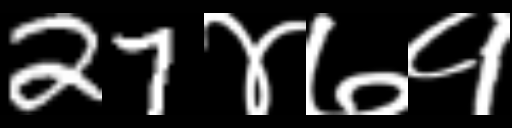
Text: 27४७१